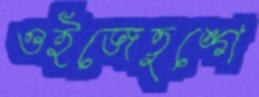
ওইজেতুঙ্গে